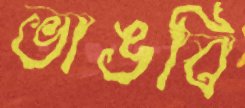
ভাঙবি